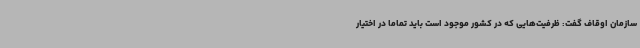
سازمان اوقاف گفت: ظرفیت‌هایی که در کشور موجود است باید تماما در اختیار